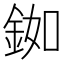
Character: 銣